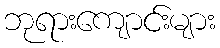
ဘုရားကျောင်းများ